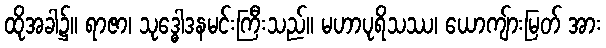
ထိုအခါ၌။ ရာဇာ၊ သုဒ္ဓေါဒနမင်းကြီးသည်။ မဟာပုရိသဿ၊ ယောကျ်ားမြတ် အား